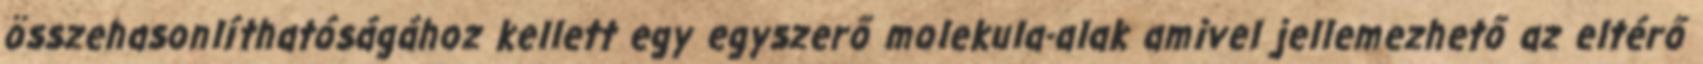
összehasonlíthatóságához kellett egy egyszerő molekula-alak amivel jellemezhető az eltérő